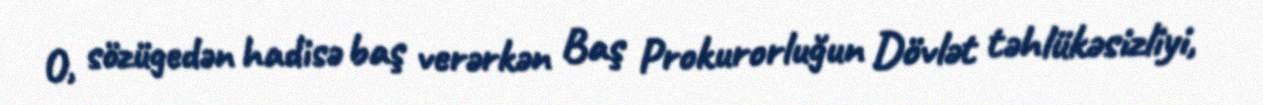
O, sözügedən hadisə baş verərkən Baş Prokurorluğun Dövlət təhlükəsizliyi,